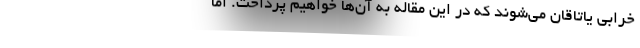
خرابی یاتاقان می‌شوند که در این مقاله به آن‌ها خواهیم پرداخت. اما